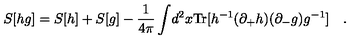
S [ h g ] = S [ h ] + S [ g ] - \frac { 1 } { 4 \pi } \int \! d ^ { 2 } x \mathrm { T r } [ h ^ { - 1 } ( \partial _ { + } h ) ( \partial _ { - } g ) g ^ { - 1 } ] \quad .